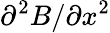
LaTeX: \partial^{2}B/\partial x^{2}